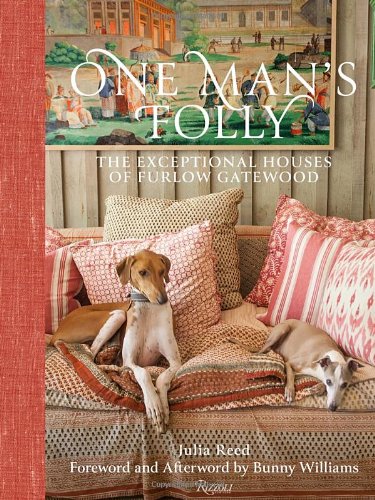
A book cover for One Man's Folly: The Exceptional Houses of Furlow Gatewood; Julia Reed; Crafts, Hobbies & Home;